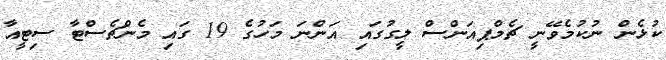
ކުޅެން ނުކުމެވޭނީ ޗެމްޕިއަންސް ލީގުގައި އަންނަ މަހުގެ 19 ގައި މެންޗެސްޓާ ސިޓީއާ